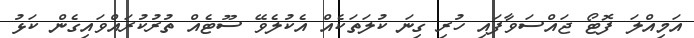
އަމިއްލަ ފޮޓޯ ޖައްސަވާފައި ހުރި ގިނަ ކުލަތަކެއް އެކުލެވޭ ސޫޓެއް ތުރުކުރައްވައިގެން ކަޅު